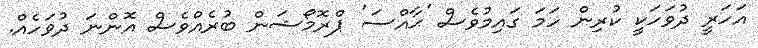
އަހަރީ ދުވަހަކީ ކުރިން ހަމަ ގައިމުވެސް 'ޙާއްސަ' ޕްރޮމޯޝަން ބުރެއްވެސް އޮންނަ ދުވަހެއް.